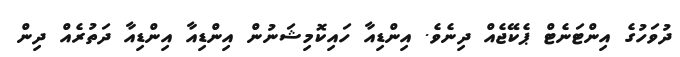
ދުވަހުގެ އިންޓަނެޓް ޕެކޭޖެއް ދިނެވެ. އިންޑިއާ ހައިކޮމިޝަނުން އިންޑިއާ އިންޑިއާ ދަތުރެއް ދިން